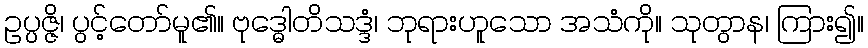
ဥပ္ပဇ္ဇိ၊ ပွင့်တော်မူ၏။ ဗုဒ္ဓေါတိသဒ္ဒံ၊ ဘုရားဟူသော အသံကို။ သုတွာန၊ ကြား၍။